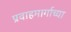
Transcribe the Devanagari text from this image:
प्रवाहमार्गाच्या